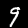
Digit: 9